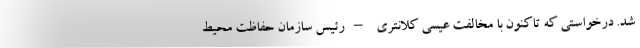
شد. درخواستی که تاکنون با مخالفت عیسی کلانتری –رئیس سازمان حفاظت محیط